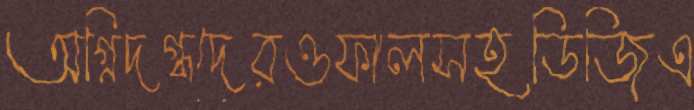
অগ্নিদগ্ধদেরওফালসহডিজিএ